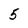
Character: 5